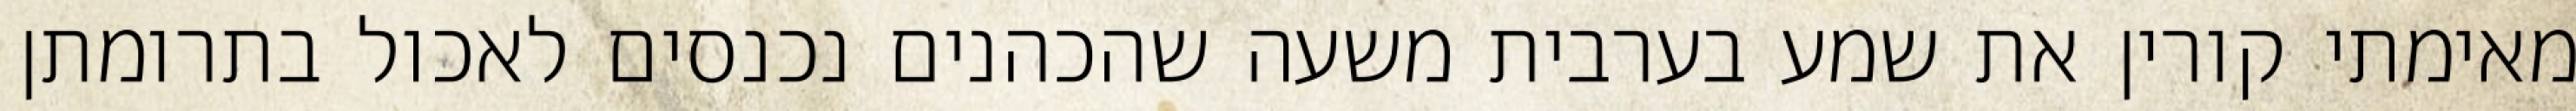
מאימתי קורין את שמע בערבית משעה שהכהנים נכנסים לאכול בתרומתן